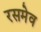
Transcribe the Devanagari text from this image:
रसमेव